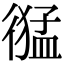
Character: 𢕙